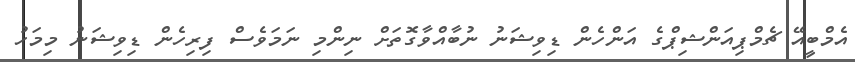
އެމްބީއޭ ޗެމްޕިއަންޝިޕްގެ އަންހެން ޑިވިޝަނު ނުބާއްވާގޮތަށް ނިންމި ނަމަވެސް ފިރިހެން ޑިވިޝަނު މިމަހު